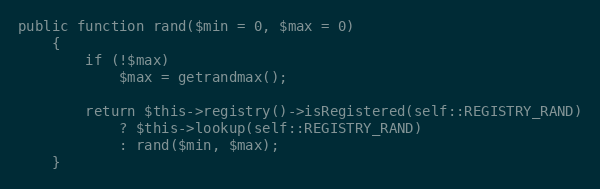
Language: PHP
public function rand($min = 0, $max = 0)
	{
		if (!$max)
			$max = getrandmax();

		return $this->registry()->isRegistered(self::REGISTRY_RAND)
			? $this->lookup(self::REGISTRY_RAND)
			: rand($min, $max);
	}